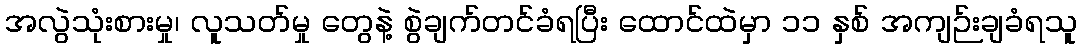
အလွဲသုံးစားမှု၊ လူသတ်မှု တွေနဲ့ စွဲချက်တင်ခံရပြီး ထောင်ထဲမှာ ၁၁ နှစ် အကျဉ်းချခံရသူ